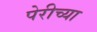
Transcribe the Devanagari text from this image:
पेरीच्या